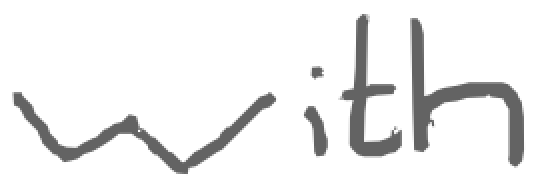
Text: with
Cross-out: clean
Writing tool: digital_gray